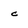
Character: c